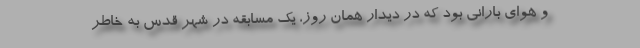
و هوای بارانی بود که در دیدار همان روز، یک مسابقه در شهر قدس به خاطر